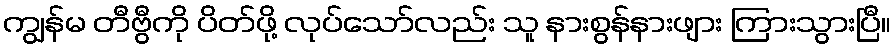
ကျွန်မ တီဗွီကို ပိတ်ဖို့ လုပ်သော်လည်း သူ နားစွန်နားဖျား ကြားသွားပြီ။